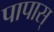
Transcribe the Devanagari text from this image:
पापास्